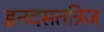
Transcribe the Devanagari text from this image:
इनदसतत्रिज